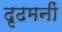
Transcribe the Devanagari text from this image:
दृढमनीं